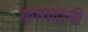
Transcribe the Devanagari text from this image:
कागदांची